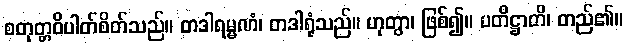
စတုတ္တဝိပါတ်စိတ်သည်။ တဒါရမ္မဏံ၊ တဒါရုံသည်။ ဟုတွာ၊ ဖြစ်၍။ ပတိဋ္ဌာတိ၊ တည်၏။